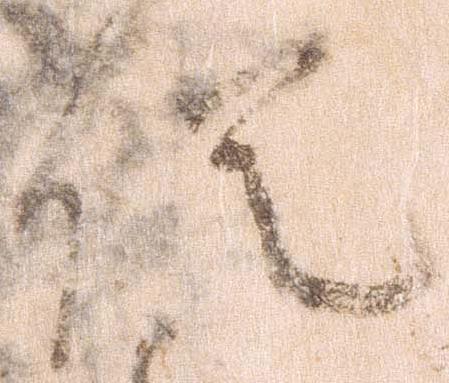
促